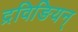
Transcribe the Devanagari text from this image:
द्रविङियन्